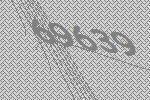
69639